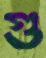
গু